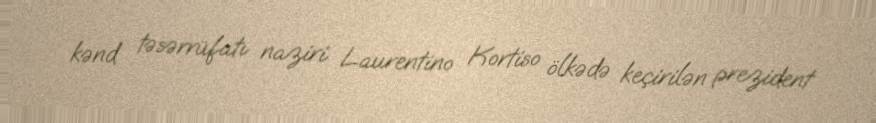
kənd təsərrüfatı naziri Laurentino Kortiso ölkədə keçirilən prezident